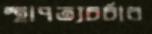
স্থাপত্যচর্চার